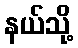
နယ်သို့